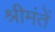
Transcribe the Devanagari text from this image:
श्रीमंतें